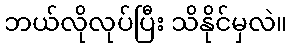
ဘယ်လိုလုပ်ပြီး သိနိုင်မှလဲ။